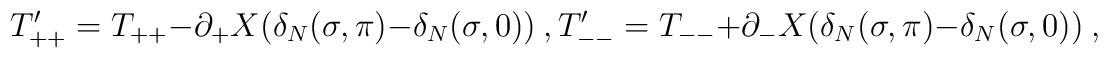
T'_{++}=T_{++}-\partial_+X(\delta_N(\sigma,\pi)-\delta_N(\sigma,0)) \ ,T'_{--}=T_{--}+\partial_-X(\delta_N(\sigma,\pi)-\delta_N(\sigma,0)) \ ,